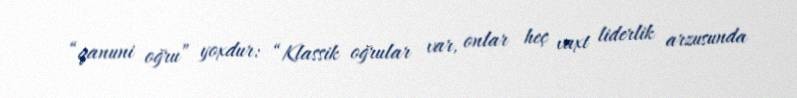
“qanuni oğru” yoxdur: “Klassik oğrular var, onlar heç vaxt liderlik arzusunda